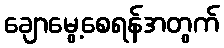
ချောမွေ့စေရန်အတွက်